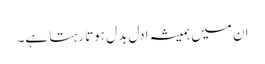
ان میں ہمیشہ ادل بدل ہوتا رہتا ہے۔